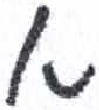
אות: א